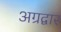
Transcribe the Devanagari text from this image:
अग्रद्वार